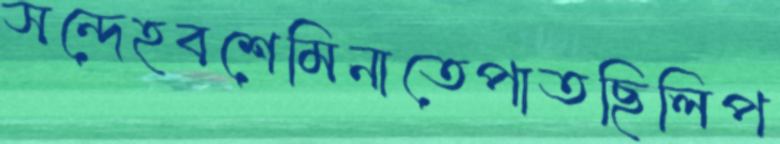
সন্দেহবশেমিনাতেপাতছিলিপ